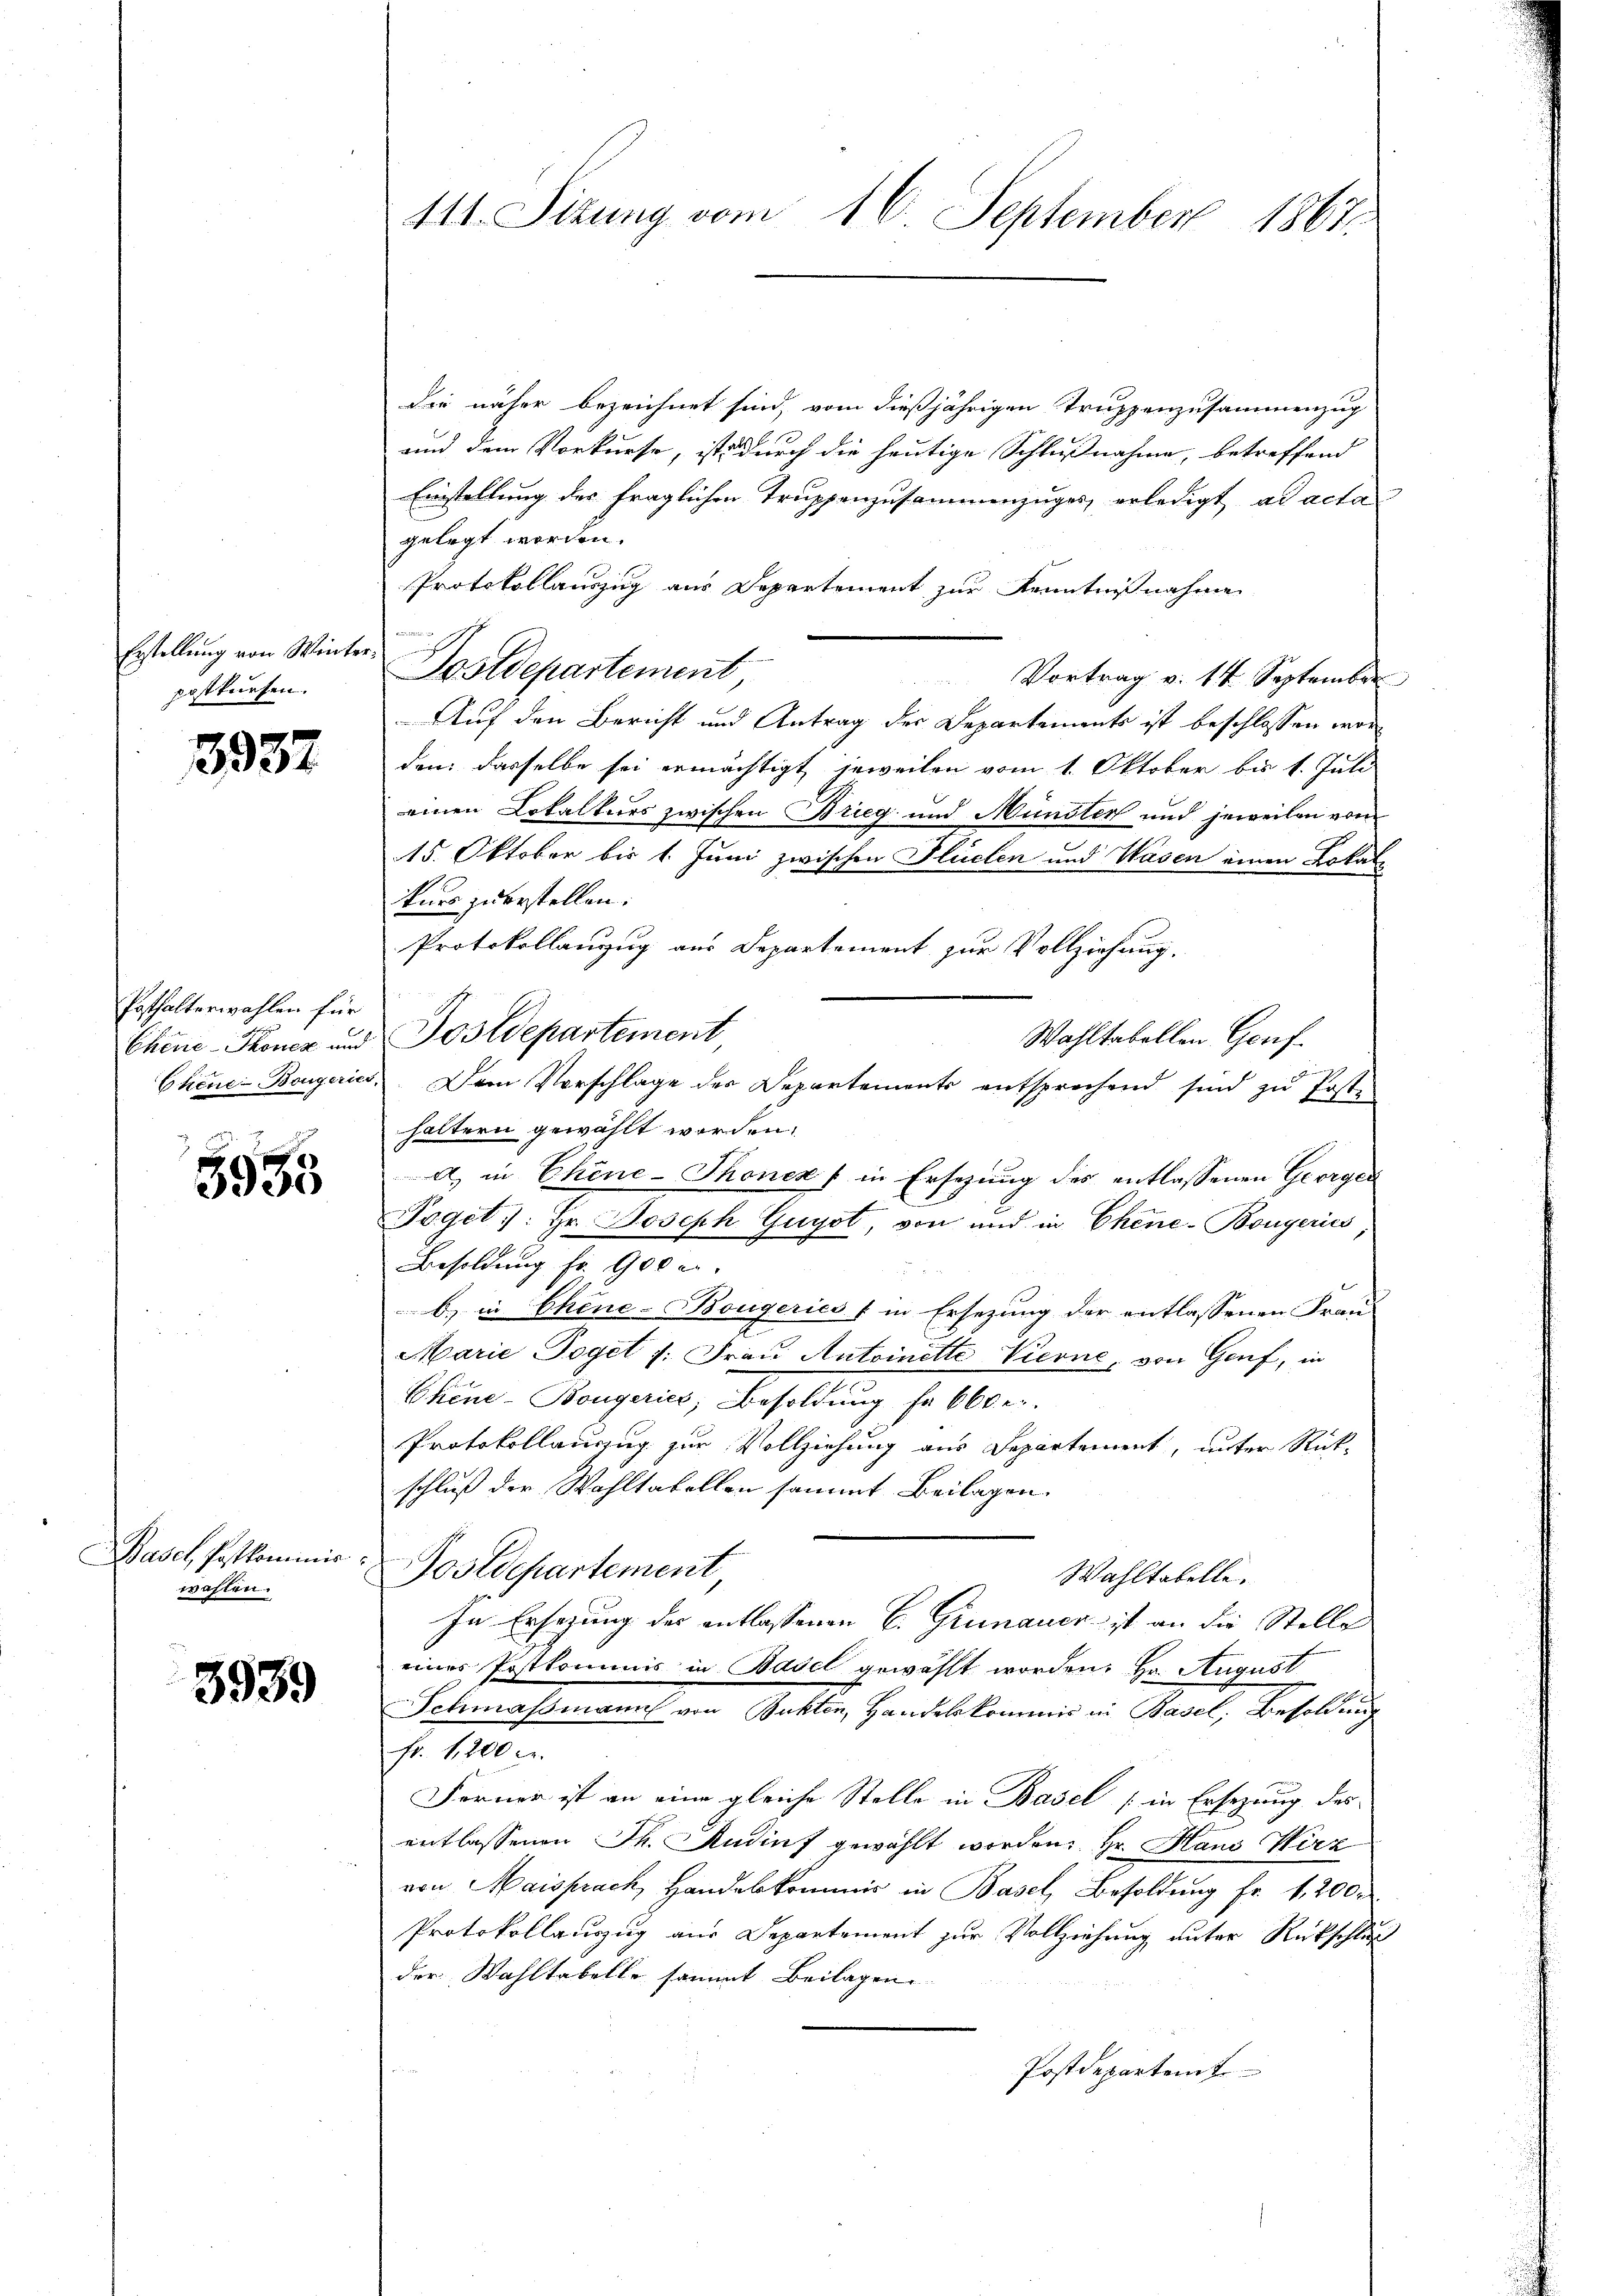
Erstellung von Winterpostkursen.

3937

Posthalterwahlen für

5955

asch Postkominir
wasten.

3939

die näher bezeichnet sind, vom dießjährigen Truppenzusammenzug
und dem Vorkurse, ist durch die heutige Schlußnahme, betreffend
Einstellung der fraglichen Truppenzusammenzuges erledigt ad acta
gelegt worden.
Protokollauszug aus Departement zur Kenntnißnahme
Postdepartement
Vortrag v. 14 September
Auf den Bericht und Antrag der Departements ist beschlossen worden dasselbe sei ermächtigt, jeweilen vom 1. Oktober bis 1. Juli
einen Lokalkurs zwischen Brieg und Münster und jeweilen vom
15. Oktober bis 1. Juni zwischen Fluchen und Wasen einen Lokale
kurs zuerstellen.
Protokollanzug aus Departement zur Vollziehung.
Wahltabellen Genf.
Chene-Tonez und Postdepartement
Chene Bougerin. Dem Vorschlage des Departements entsprechend sind zŭ Poste
haltern gewählt worden.
a) in Chine-Thonek in Ersezung des entlassenen Georgen
Joget: Hr. Joseph Guyot, von und in Chine-Bongeries
Besoldung fr. 900 e
b) in Chene-Bougeries & in Ersezung der entlassenen Frau
Marie Doget v. Frau Antoinette Vierne, von Genf, in
Chine-Bougerier, Besoldung fr 660 e
Protokollauszug zur Vollziehung aus Departement, unter Rück-
schluß der Wahltatellen sammt Beilagen.
Postdepartement
Wahltabelle.
In Ersezung der entlassenen E. Grünauer ist an die Stelle
eines Postkommnis in Basel gewählt worden. Hr. August
Schmaßmann von Bukten, Handelskommis in Basel, Besoldung
Fr. 1200 c.
Ferner ist an eine gleiche Stelle in Basel (in Ersezung des
entlassenen J. Andinf gewählt worden, Hr. Haus Wirz
von Maisprach, Handelkommis in Basel, Besoldung fr. 12000.
Protokollauszug aus Departement zur Vollziehung unter Rückschluß
der Wahltabelle sammt Beilagen
Postdepartemt

141. Sizung vom 16. September 1867.